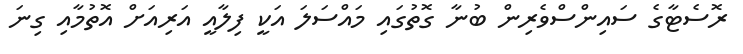
ރޮސެޓާގެ ސައިންސްވެރިން ބުނާ ގޮތުގައި މައްސަލަ އަކީ ފިލާއީ އަރިއަށް އޮތުމާއި ގިނަ